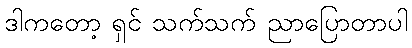
ဒါကတော့ ရှင် သက်သက် ညာပြောတာပါ